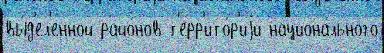
вы́д'ел'енной райо́нов т'ерр'ито́р'иjи национа́льного